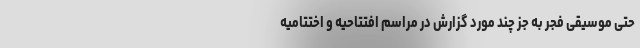
حتی موسیقی فجر به جز چند مورد گزارش در مراسم افتتاحیه و اختتامیه